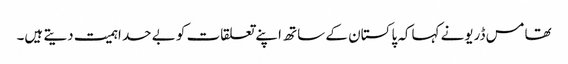
تھامس ڈریونے کہاکہ پاکستان کے ساتھ اپنے تعلقات کو بے حد اہمیت دیتے ہیں۔